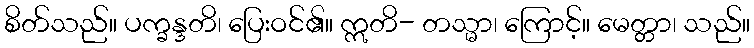
စိတ်သည်။ ပက္ခန္ဒတိ၊ ပြေးဝင်၏။ ဣတိ- တသ္မာ၊ ကြောင့်။ မေတ္တာ၊ သည်။